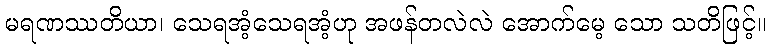
မရဏဿတိယာ၊ သေရအံ့သေရအံ့ဟု အဖန်တလဲလဲ အောက်မေ့ သော သတိဖြင့်။